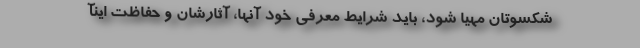
شکسوتان مهیا شود، باید شرایط معرفی خود آنها، آثارشان و حفاظت اینآ